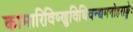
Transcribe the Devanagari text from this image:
कामारिविष्णुविधिवन्द्यमनोहराङ्घ्रेः